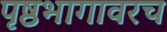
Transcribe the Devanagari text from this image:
पृष्ठभागावरच